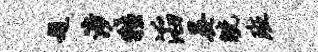
题涉牲滔晏觥班